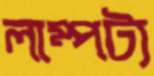
লাম্পট্য